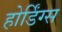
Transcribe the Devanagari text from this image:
होर्डिंग्स